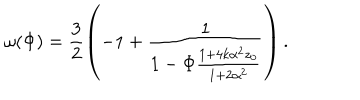
\omega ( \Phi ) = \frac { 3 } { 2 } \left( - 1 + \frac { 1 } { 1 - \Phi \frac { 1 + 4 k \alpha ^ { 2 } z _ { 0 } } { 1 + 2 \alpha ^ { 2 } } } \right) .